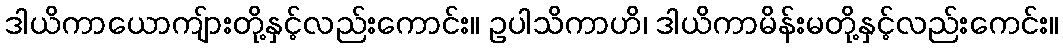
ဒါယိကာယောကျ်ားတို့နှင့်လည်းကောင်း။ ဥပါသိကာဟိ၊ ဒါယိကာမိန်းမတို့နှင့်လည်းကေင်း။